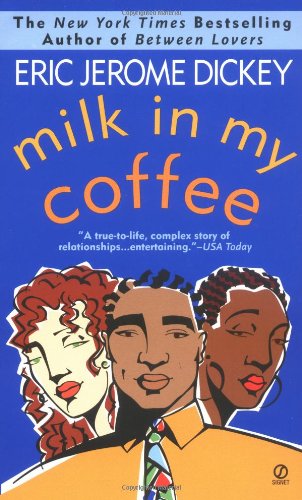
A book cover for Milk in My Coffee; Eric Jerome Dickey; Romance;